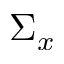
\Sigma _ { x }